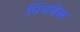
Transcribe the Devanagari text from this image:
पिंचबेक